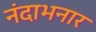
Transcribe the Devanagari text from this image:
नंदाभनार